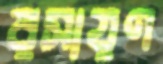
রসায়ণ